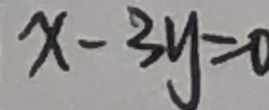
x - 3 y = 0